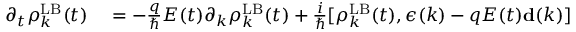
\begin{array} { r l } { \partial _ { t } \boldsymbol { \rho } _ { k } ^ { \mathrm { L B } } ( t ) } & { { } = - \frac { q } { \hbar } E ( t ) \partial _ { k } \boldsymbol { \rho } _ { k } ^ { \mathrm { L B } } ( t ) + \frac { i } { \hbar } [ \boldsymbol { \rho } _ { k } ^ { \mathrm { L B } } ( t ) , { \boldsymbol \epsilon } ( k ) - q E ( t ) { \bf d } ( k ) ] } \end{array}